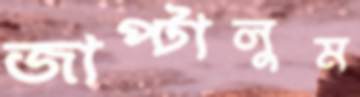
জাপ্‌টালুম